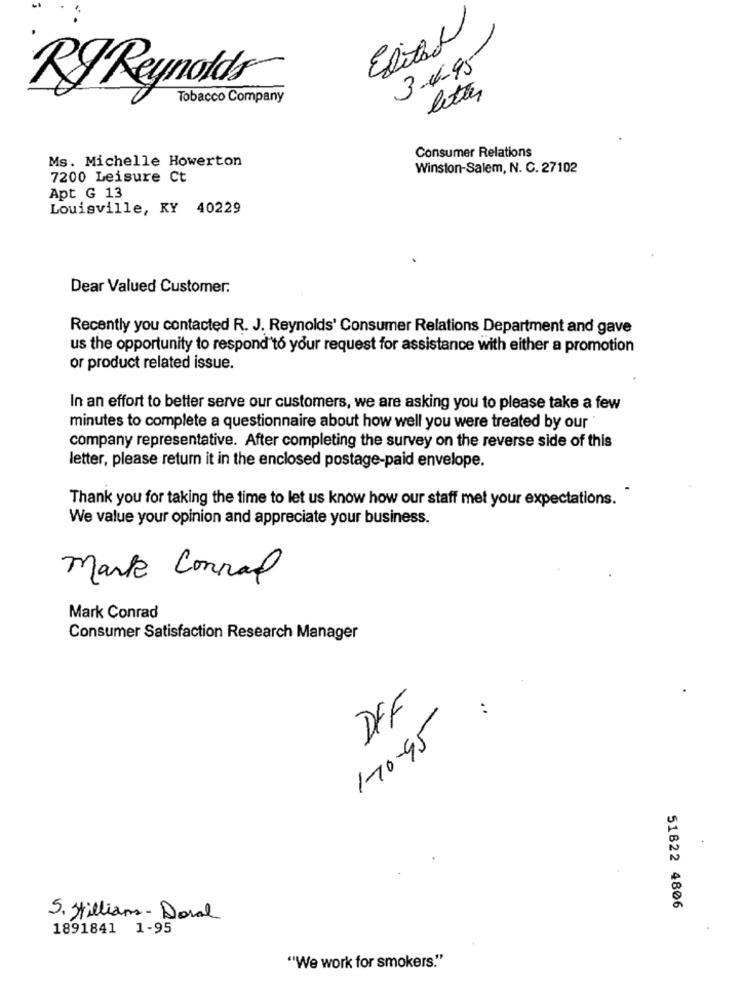
Exital
3-4-95
RI Reynolds
letter
Tobacco Company
Consumer Relations
Ms. Michelle Howerton
Winston-Salem, N. C. 27102
7200 Leisure Ct
Apt G 13
Louisville, KY 40229
Dear Valued Customer.
Recently you contacted R. J. Reynolds' Consumer Relations Department and gave
us the opportunity to respond to your request for assistance with either a promotion
or product related issue.
In an effort to better serve our customers, we are asking you to please take a few
minutes to complete a questionnaire about how well you were treated by our "
company representative. After completing the survey on the reverse side of this
letter, please return it in the enclosed postage-paid envelope.
Thank you for taking the time to let us know how our staff met your expectations.
We value your opinion and appreciate your business.
Mark Conrad
Mark Conrad
Consumer Satisfaction Research Manager
DFF
:
170-95
51822 4806
5. Williams - Doral
1891841 1-95
"We work for smokers."